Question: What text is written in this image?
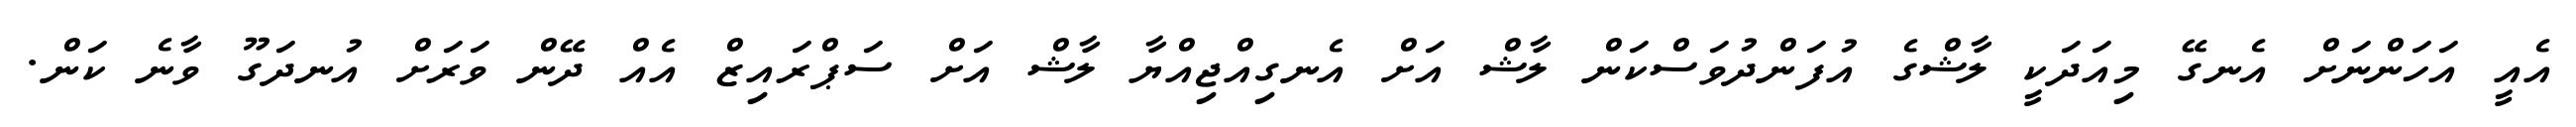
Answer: އެއީ އަހަންނަށް އެނގޭ މިއަދަކީ ލާޝްގެ އުފަންދުވަސްކަން ލާޝް އަށް އެނގިއްޖިއްޔާ ލާޝް އަށް ސަޕްރައިޒް އެއް ދޭން ވަރަށް އުނދަގޫ ވާނެ ކަން.